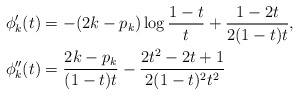
\begin{align*}\phi_k'(t) & = -(2k-p_k) \log\frac{1-t}{t} + \frac{1-2t}{2(1-t)t}, \\\phi_k''(t) & = \frac{2k-p_k}{(1-t)t} - \frac{2t^2-2t+1}{2(1-t)^2 t^2}\end{align*}